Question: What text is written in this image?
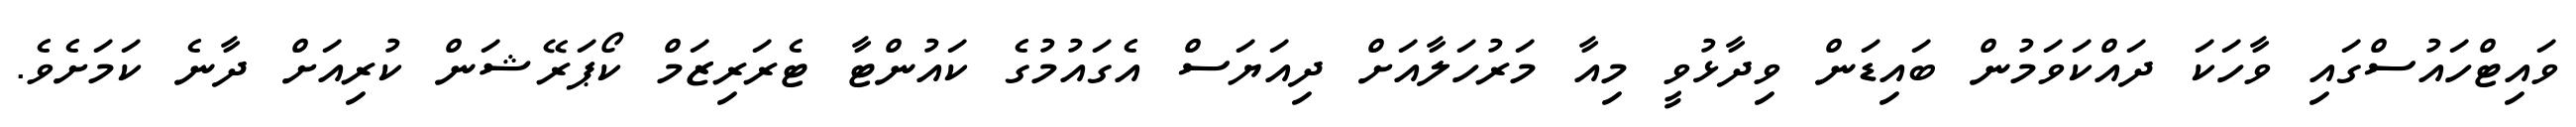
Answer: ވައިޓްހައުސްގައި ވާހަކަ ދައްކަވަމުން ބައިޑަން ވިދާޅުވީ މިއާ މަރުހަލާއަށް ދިއަޔަސް އެގައުމުގެ ކައުންޓާ ޓެރަރިޒަމް ކޯޕަރޭޝަން ކުރިއަށް ދާނެ ކަމަށެވެ.